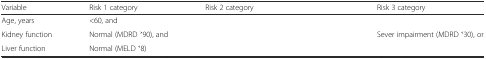
<table><thead><tr><td><b>Variable</b></td><td><b>Risk 1 category</b></td><td><b>Risk 2 category</b></td><td><b>Risk 3 category</b></td></tr></thead><tbody><tr><td>Age, years</td><td>&lt;60, and</td><td>[EMPTY_CELL]</td><td>[EMPTY_CELL]</td></tr><tr><td>Kidney function</td><td>Normal (MDRD ˃90), and</td><td>[EMPTY_CELL]</td><td>Sever impairment (MDRD ˂30), or</td></tr><tr><td>Liver function</td><td>Normal (MELD ˂8)</td><td>[EMPTY_CELL]</td><td>[EMPTY_CELL]</td></tr></tbody></table>